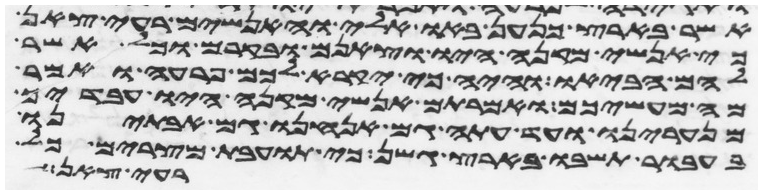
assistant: אשר בארץ כנען באו אלי והאנשים רעי צאן
כי אנשי מקנה היו וצאנם ובקרם וכל אשר
להם הביאו והיה כי יקרא לכם פרעה ואמר
מה מעשיכם ואמרתם אנשי מקנה היו עבדיך
מנערינו ועד עתה גם אנחנו גם אבתינו
בעבור תשבו בארץ גשן כי תועבת מצרים כל
רעי צאן